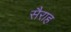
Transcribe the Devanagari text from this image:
सैराह